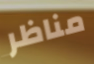
مناظر